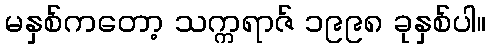
မနှစ်ကတော့ သက္ကရာဇ် ၁၉၉၈ ခုနှစ်ပါ။